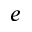
e